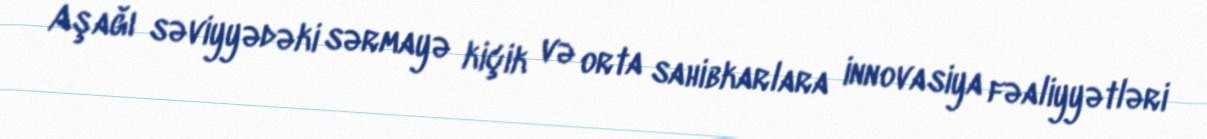
Aşağı səviyyədəki sərmayə kiçik və orta sahibkarlara innovasiya fəaliyyətləri